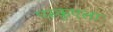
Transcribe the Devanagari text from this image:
एस्कुएला